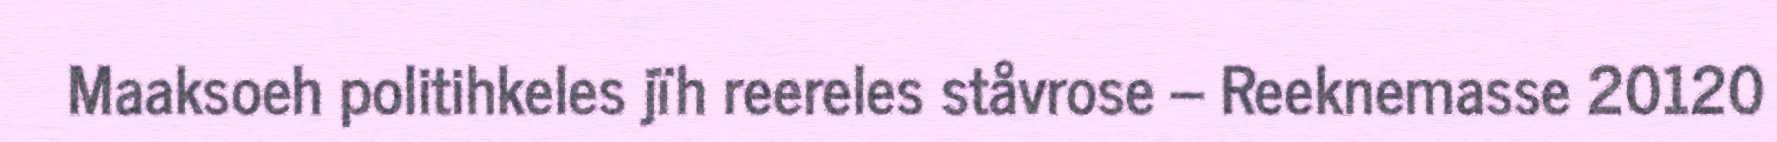
Maaksoeh politihkeles jïh reereles ståvrose – Reeknemasse 20120